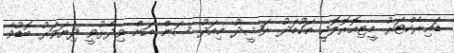
ޑައިރެކްޓަރު މީޓިއޮރޮލޮޖީ އަހުމަދު ރަޝީދު މިއަދު ސަން އަށް ވިދާޅުވީ ދިޔަވަރު ބޮޑުވާ